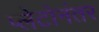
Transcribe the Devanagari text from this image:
प्लेटोनंतर